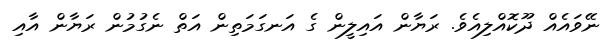
ނޭވައެއް ދޫކޮއްލިއެވެ. ރަޔާން އައިލީން ގެ އަނގަމަތިން އަތް ނެގުމުން ރަޔާން އާއި